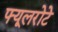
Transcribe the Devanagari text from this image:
फ्यूलरोटे